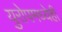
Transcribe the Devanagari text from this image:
युरोपमध्येही